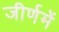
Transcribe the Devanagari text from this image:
जीर्णमें